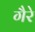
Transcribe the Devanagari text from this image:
गैरे